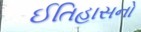
ઈતિહાસનો